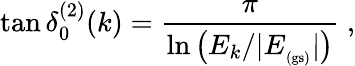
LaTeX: \tan\delta_{0}^{(2)}(k)=\frac{\pi}{\ln\left(E_{k}/|E_{_\mathrm{(gs)}}|\right)}\; ,